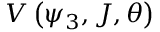
V \left( \psi _ { 3 } , J , \theta \right)